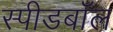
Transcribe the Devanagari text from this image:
स्पीडबॉल